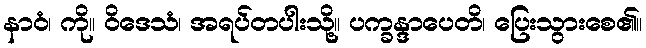
နာဝံ၊ ကို။ ဝိဒေသံ၊ အရပ်တပါးသို့။ ပက္ခန္ဒာပေတိ၊ ပြေးသွားစေ၏။